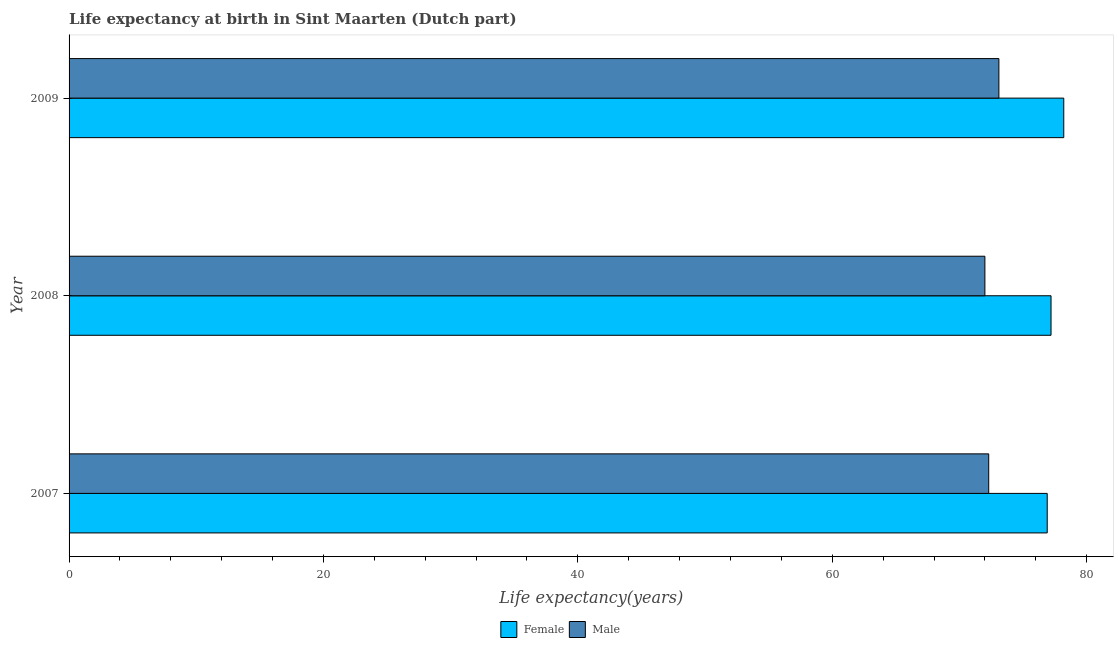
| Year | Female | Male |
 | --- | --- | --- |
 | 2007 | 76.9 | 72.3 |
 | 2008 | 77.2 | 72 |
 | 2009 | 78.2 | 73.1 |